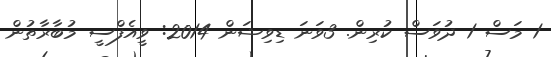
1 މަސް 1 ދުވަސް ކުރިން. 3ވަނަ ޑިވިޝަން 2014: ވީއެފްސީ މުބާރާތުން